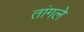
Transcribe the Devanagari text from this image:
तांगले